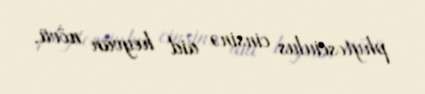
phytoseiulus cinsinə aid heyvan növü.